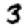
Digit: 3